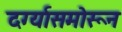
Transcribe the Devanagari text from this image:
दर्ग्यासमोरून